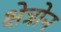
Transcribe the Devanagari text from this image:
क्षेत्रोन